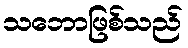
သဘောဖြစ်သည်